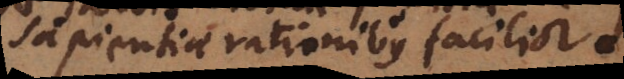
sapientiae rationibus facilior